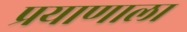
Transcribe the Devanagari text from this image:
प्रयाणाला